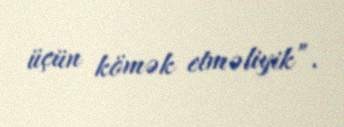
üçün kömək etməliyik”.